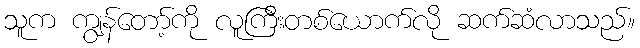
သူက ကျွန်တော့်ကို လူကြီးတစ်ယောက်လို ဆက်ဆံလာသည်။